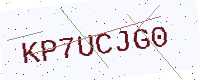
Text: KP7UCJG0